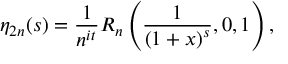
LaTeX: \eta _ { 2 n } ( s ) = { \frac { 1 } { n ^ { i t } } } R _ { n } \left( { \frac { 1 } { { ( 1 + x ) } ^ { s } } } , 0 , 1 \right) ,